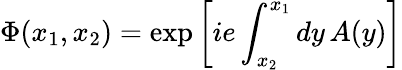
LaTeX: \Phi(x_{1},x_{2})=\exp\left[ie\int_{x_{2}}^{x_{1}}dy\, A(y)\right]